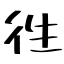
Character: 徃